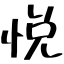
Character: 悦